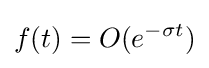
f(t)=O(e^{-\sigma t})